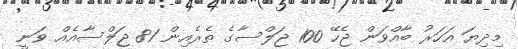
މިދިޔަ އަހަރު ބާއްވަން ޖެހޭ 100 ޖަލްސާގެ ތެރެއިން 81 ޖަލްސާއެއް ވަނީ